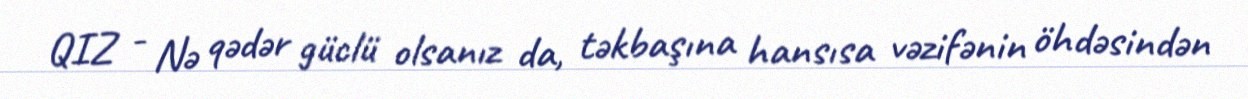
QIZ - Nə qədər güclü olsanız da, təkbaşına hansısa vəzifənin öhdəsindən